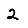
Digit: 2